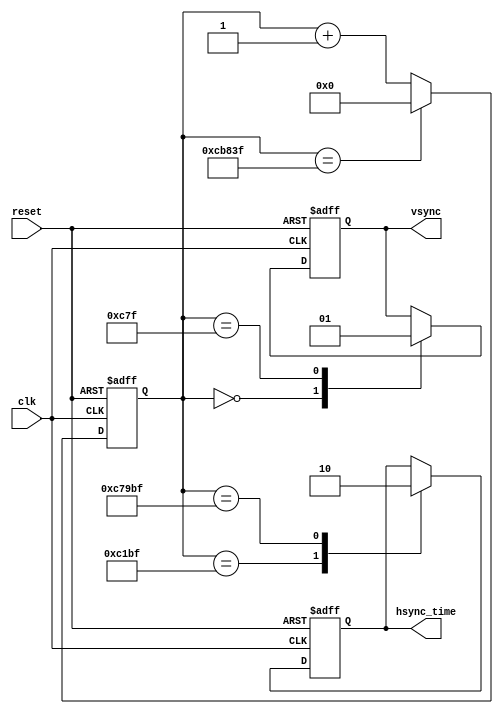
/* Axelou Olympia
 * oaxelou@uth.gr
 * 2161
 *
 * ce430
 * Project3: VGA Controller
 *
 * Part C: VSYNC Implementation + Vertical Pixel Counter
 *
 *
 * vsynchronizer: Calculates based on the timings of VGA protocol the vsync and
 *                hsync_time period.
 *
 * input : reset, clk
 * output: vsync,hsync_time
 *
 * Implementation:
 *   -> 2 always block (sequential). I use 2 counters for the line counter:
 *      > 1st. increments the vsync_counter (which calculates the vsync period)
 *      > 2nd. chooses when to change the value of vsync and hsync_time based
 *             on the counter of the 1st always block
 *
 */

module vsynchronizer(reset, clk, vsync, hsync_time);
input reset, clk;
output vsync, hsync_time;

reg [19:0] vsync_counter;
reg vsync, hsync_time;

always @ (posedge clk or posedge reset)
begin
  if(reset)
    vsync_counter = 'b0;  
  else
    case (vsync_counter)
      20'b1100_1011_1000_0011_1111: vsync_counter = 'b0; // decimal: 833600 - 1 (end of S)
      default: vsync_counter = vsync_counter + 1;
    endcase
end

always @(posedge clk or posedge reset)
begin
	if(reset)
	begin
		hsync_time = 1'b0;
		vsync = 1'b1;
	end
	else
  case (vsync_counter)
    20'b0000_0000_0000_0000_0000: vsync = 1'b0;
    20'b0000_0000_1100_0111_1111: vsync = 1'b1;      // decimal:   3200 - 1  (end of P)
    20'b0000_1100_0001_1011_1111: hsync_time = 1'b1; // decimal:  49600 - 1  (end of Q)
    20'b1100_0111_1001_1011_1111: hsync_time = 1'b0; // decimal: 812000 - 1  (end of R)
  endcase
end

endmodule